Lock hospitals Punjab
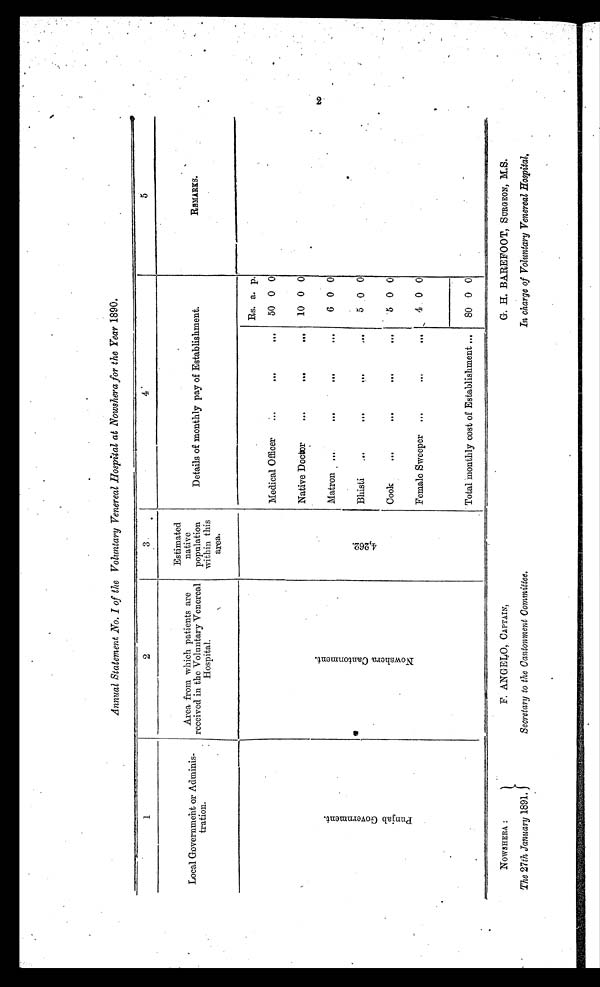
Annual Statement No. I of the Voluntary Venereal Hospital at Nowshera for the Year 1890.
1
2
3
4
5
L o c a l G o v e r n m e n t o r A d m i n i s - t r a t i o n .
Area from which patients are
received in the Voluntary Venereal
H o s p i t a l .
Estimated
native
population
within this
area.
Details of monthly pay of Establishment.
REMARKS.
P u n j a b G o v e r n m e n t .
N o w s h e r a C a n t o n m e n t .
4 , 2 6 2 .
Rs. a. p.
Medical Officer
. . .
. . .
...
50 0 0
Native Doctor
. . .
. . .
. . .
10 0 0
Matron
. . .
...
. . .
6
00
0
Bhisti
...
. . .
. . .
. . .
5 0 0
Cook
...
. . .
. . .
. . .
5 0 0
Female Sweeper ...
. . .
...
4 0 0
Total monthly cost of Establishment ...
80 0 0
NOWSHERA :
The 27th January 1891.
F. ANGELO, CAPTAIN,
Secretary to the Cantonment Committee.
G. H. BAREFOOT, SURGEON, M.S.
In charge of Voluntary Venereal Hospital,